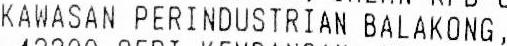
KAWASAN PERINDUSTRIAN BALAKONG,